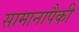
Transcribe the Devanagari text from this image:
सामानापैकी